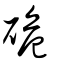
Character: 硊